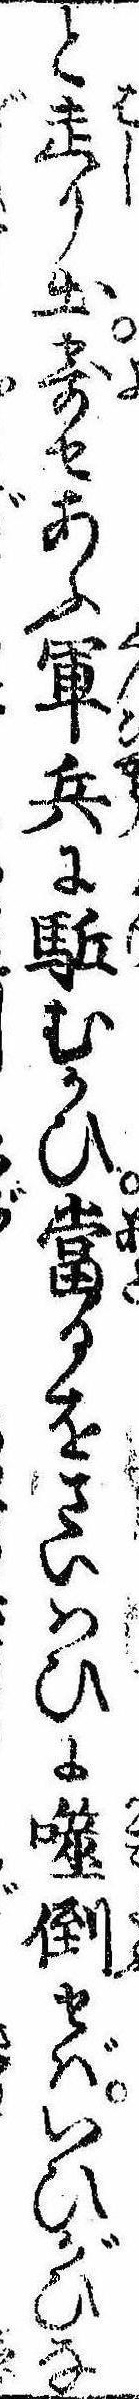
と走り出寄せあふ軍兵に駆むかひ当るをさいはひに噬倒せばいひがひな